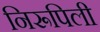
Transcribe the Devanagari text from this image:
निरूपिली